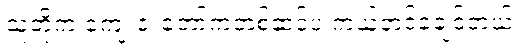
သူတို့က ကျေးဇူးတော်ကတစ်ဆင့်ပဲ ကယ်တင်ခံချင်တယ်။